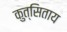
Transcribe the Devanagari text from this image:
कुत्सिताय